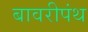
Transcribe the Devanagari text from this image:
बावरीपंथ